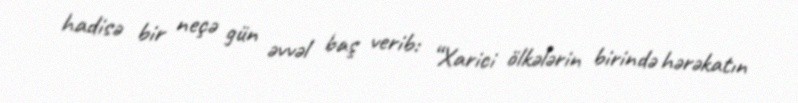
hadisə bir neçə gün əvvəl baş verib: “Xarici ölkələrin birində hərəkatın